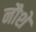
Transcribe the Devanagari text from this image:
नौशे